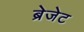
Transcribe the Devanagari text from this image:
ब्रेजेट